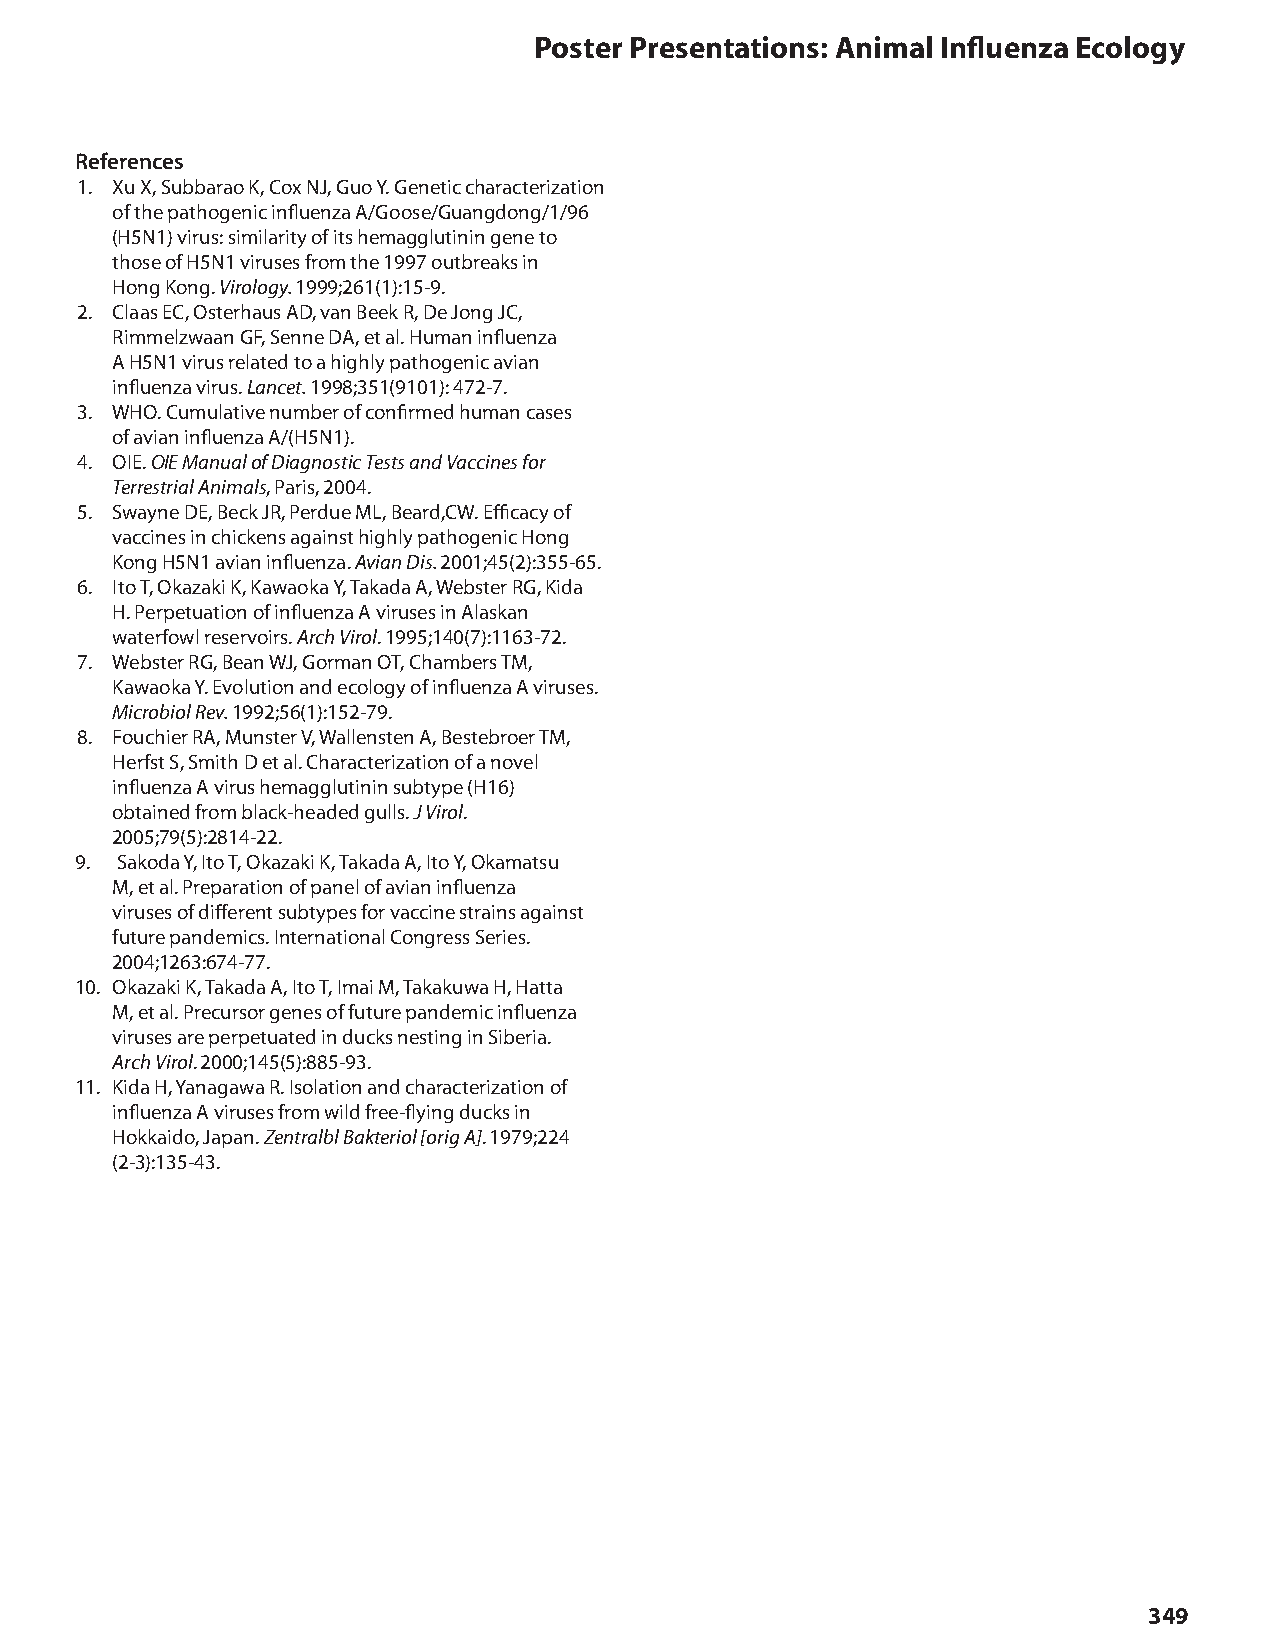
Poster Presentations: Animal Influenza Ecology
 References
 1. Xu X, Subbarao K, Cox NJ, Guo Y. Genetic characterization
 of the pathogenic influenza A/Goose/Guangdong/1/96
 (H5N1) virus: similarity of its hemagglutinin gene to
 those of H5N1 viruses from the 1997 outbreaks in
 Hong Kong. Virology. 1999;261(1):15-9.
 2. Claas EC, Osterhaus AD, van Beek R, De Jong JC,
 Rimmelzwaan GF, Senne DA, et al. Human influenza
 A H5N1 virus related to a highly pathogenic avian
 influenza virus. Lancet. 1998;351(9101): 472-7.
 3. WHO. Cumulative number of confirmed human cases
 of avian influenza A/(H5N1).
 4. OIE. OIE Manual of Diagnostic Tests and Vaccines for
 Terrestrial Animals, Paris, 2004.
 5. Swayne DE, Beck JR, Perdue ML, Beard,CW. Efficacy of
 vaccines in chickens against highly pathogenic Hong
 Kong H5N1 avian influenza. Avian Dis. 2001;45(2):355-65.
 6. Ito T, Okazaki K, Kawaoka Y, Takada A, Webster RG, Kida
 H. Perpetuation of influenza A viruses in Alaskan
 waterfowl reservoirs. Arch Virol. 1995;140(7):1163-72.
 7. Webster RG, Bean WJ, Gorman OT, Chambers TM,
 Kawaoka Y. Evolution and ecology of influenza A viruses.
 Microbiol Rev. 1992;56(1):152-79.
 8. Fouchier RA, Munster V, Wallensten A, Bestebroer TM,
 Herfst S, Smith D et al. Characterization of a novel
 influenza A virus hemagglutinin subtype (H16)
 obtained from black-headed gulls. J Virol.
 2005;79(5):2814-22.
 9. Sakoda Y, Ito T, Okazaki K, Takada A, Ito Y, Okamatsu
 M, et al. Preparation of panel of avian influenza
 viruses of different subtypes for vaccine strains against
 future pandemics. International Congress Series.
 2004;1263:674-77.
 10. Okazaki K, Takada A, Ito T, Imai M, Takakuwa H, Hatta
 M   , et al. Precursor genes of future pandemic influenza
 viruses are perpetuated in ducks nesting in Siberia.
 Arch Virol. 2000;145(5):885-93.
 11. Kida H, Yanagawa R. Isolation and characterization of
 influenza A viruses from wild free-flying ducks in
 Hokkaido, Japan. Zentralbl Bakteriol [orig A]. 1979;224
 (2-3):135-43.
 349